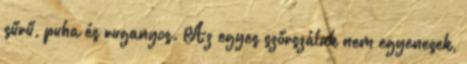
sűrű, puha és ruganyos. Az egyes szőrszálak nem egyenesek,